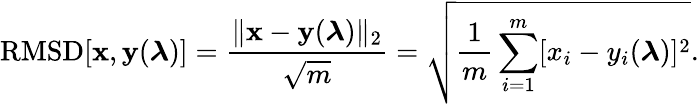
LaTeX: \mathrm{RMSD}[\mathbf{x},\mathbf{y}(\boldsymbol{\lambda})]=\frac{\| \mathbf{x}-\mathbf{y}(\boldsymbol{\lambda})\| _{2}}{\sqrt{m}}=\sqrt{\frac{1}{m}\sum_{i=1}^{m}[x_{i}-y_{i}(\boldsymbol{\lambda})]^{2}}.